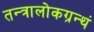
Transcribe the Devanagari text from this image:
तन्त्रालोकग्रन्थं